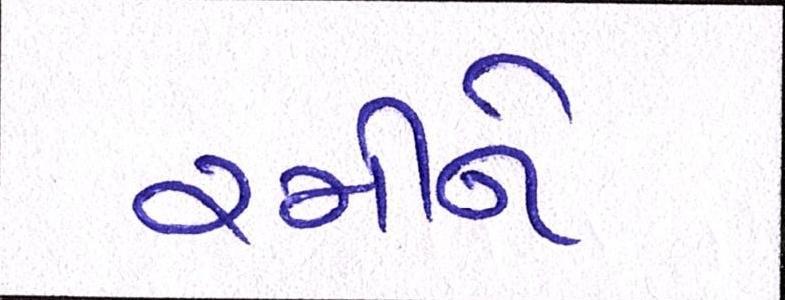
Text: રમીને